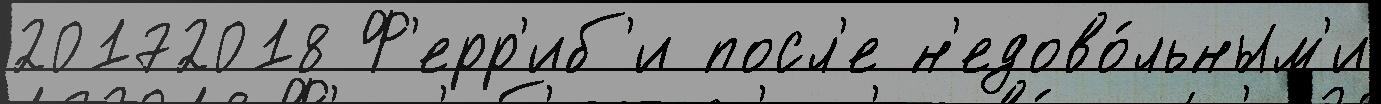
20172018 Ф'ерр'иб'и посл'е н'едово́льным'и